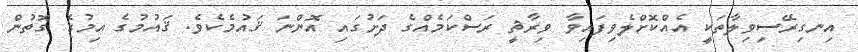
އިނގިރޭސިވިލާތަކީ އެއްކޮށްލެވިފައިވާ ވިރާޘީ ރަސްކަމެއްގެ ދަށުގައި އޮންނަ ޤައުމެކެވެ. ޤައުމުގެ އިމުގެ ގޮތުން